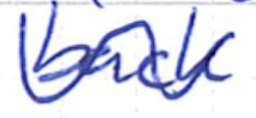
Text: back
Cross-out: wave
Writing tool: ballpoint